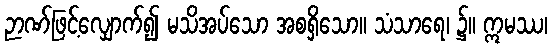
ဉာဏ်ဖြင့်လျှောက်၍ မသိအပ်သော အစရှိသော။ သံသာရေ၊ ၌။ ဣမဿ၊